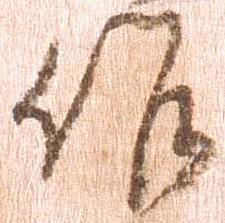
候